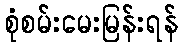
စုံစမ်းမေးမြန်းရန်